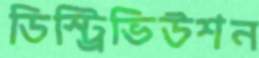
ডিস্ট্রিভিউশন